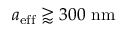
a _ { \mathrm { e f f } } \gtrapprox 3 0 0 \ \mathrm { n m }